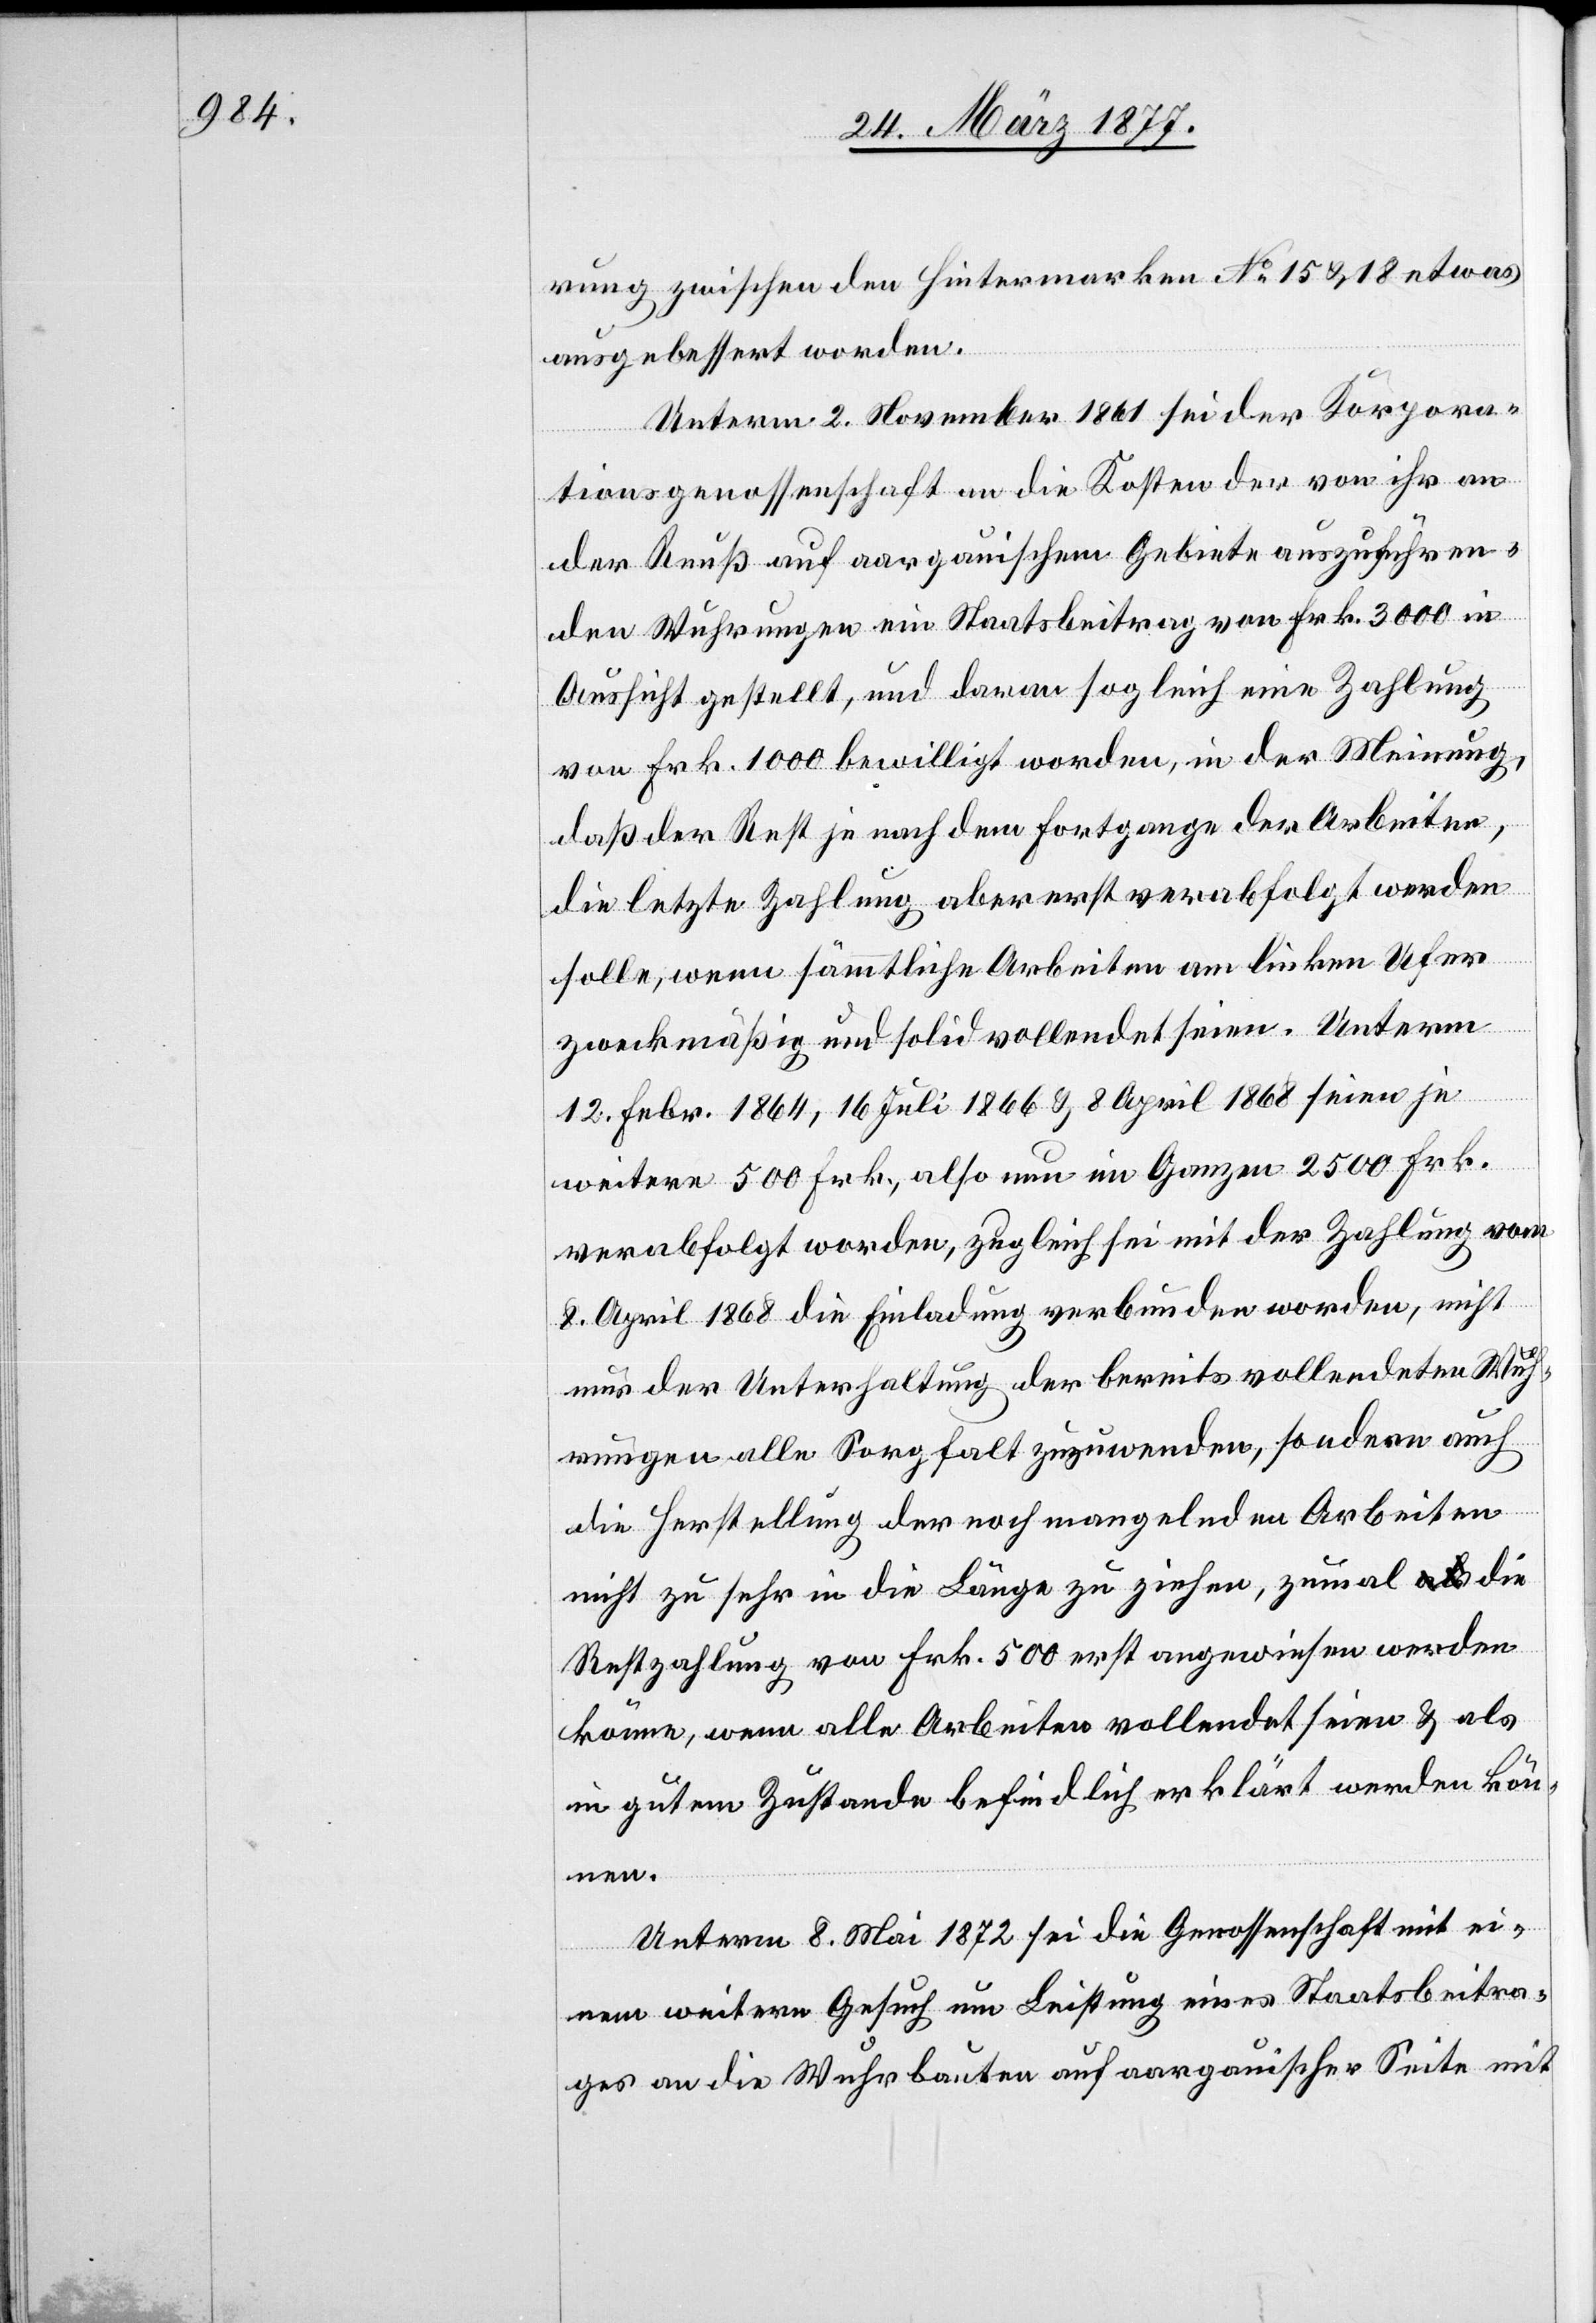
rung zwischen den Hintermarken No 15 & 18 etwas
ausgebessert worden.
Unterm 2. November 1861 sei der Korpora¬
tionsgenossenschaft an die Kosten der von ihr an
der Reuß auf aargauischem Gebiete auszuführen¬
den Wuhrungen ein Staatsbeitrag von Frk. 3000 in
Aussicht gestellt, und daran sogleich eine Zahlung
von Frk. 1000 bewilligt worden, in der Meinung,
daß der Rest je nach dem Fortgange der Arbeiten,
die letzte Zahlung aber erst verabfolgt werden
solle, wenn sämmtliche Arbeiten am linken Ufer
zweckmäßig und solid vollendet seien. Unterm
12. Febr. 1864, 16. Juli 1866 & 8. April 1868 seien je
weitere 500 Frk., also nun im Ganzen 2500 Frk.
verabfolgt worden, zugleich sei mit der Zahlung vom
8. April 1868 die Einladung verbunden worden, nicht
nur der Unterhaltung der bereits vollendeten Wuh¬
rungen alle Sorgfalt zuzuwenden, sondern auch
die Herstellung der noch mangelnden Arbeiten
nicht zu sehr in die Länge zu ziehen, zumal die
Restzahlung von Frk. 500 erst angewiesen werde
könne, wenn alle Arbeiten vollendet seien & als
in gutem Zustande befindlich erklärt werden kön¬
nen.
Unterm 8. Mai 1872 sei die Genossenschaft mit ei¬
nem weitern Gesuch um Leistung eines Staatsbeitra¬
ges an die Wuhrbauten auf aargauischer Seite mit